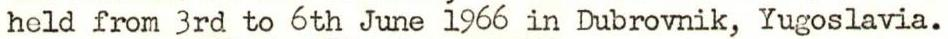
held from 3rd to 6th June i966 in Dubrovnik, Yugoslavia.